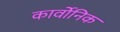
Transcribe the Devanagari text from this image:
कार्वोनिक